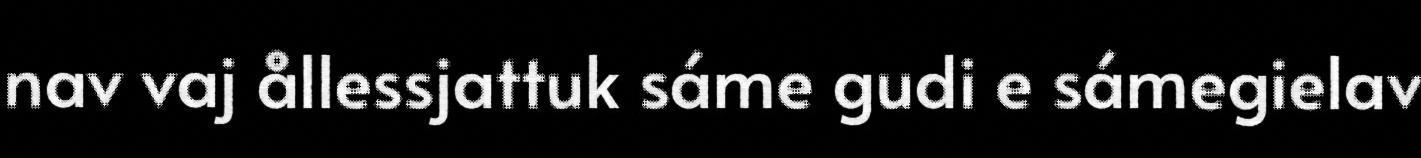
nav vaj ållessjattuk sáme gudi e sámegielav